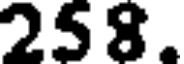
258.